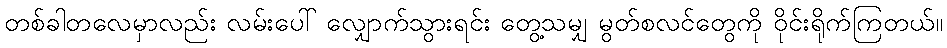
တစ်ခါတလေမှာလည်း လမ်းပေါ် လျှောက်သွားရင်း တွေ့သမျှ မွတ်စလင်တွေကို ဝိုင်းရိုက်ကြတယ်။